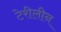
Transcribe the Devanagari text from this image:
टेरीलीन